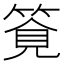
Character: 𥰖